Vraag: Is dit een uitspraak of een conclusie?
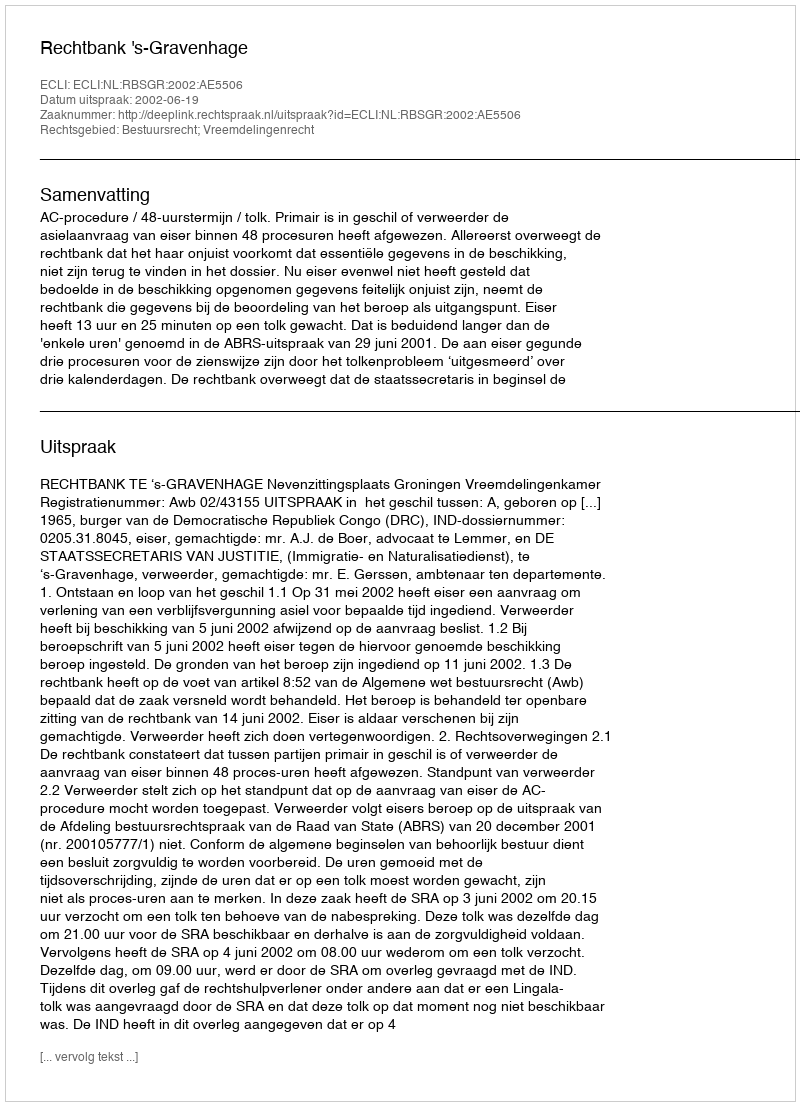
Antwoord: Uitspraak